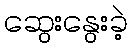
ဆွေးနွေးခဲ့